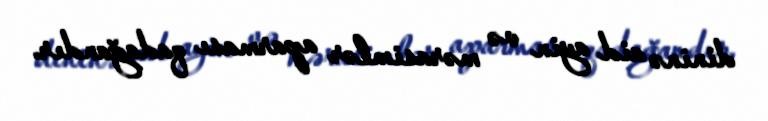
dininə aid ayin və mərasimlər aparması qadağandır.